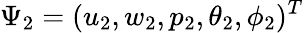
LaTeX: \Psi_{2}=(u_{2},w_{2},p_{2},\theta_{2},\phi_{2})^{T}